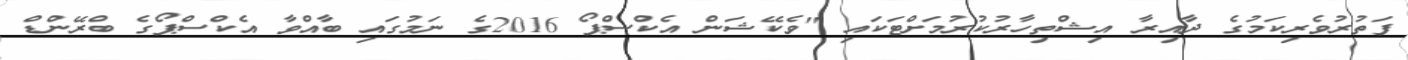
ފަތުރުވެރިކަމުގެ ދާއިރާ އިޝްތިހާރުކުރުމަށްޓަކައި "ވެކޭޝަން އެކްސްޕޯ 2016ގެ ނަމުގައި ބާއްވާ އެކްސްޕޯގެ ބްރޭންޑް